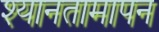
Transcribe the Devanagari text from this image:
श्यानतामापन